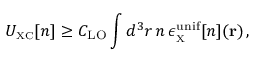
U _ { \scriptscriptstyle \mathrm { X C } } [ n ] \geq C _ { \mathrm { L O } } \int d ^ { 3 } r \, n \, \epsilon _ { _ { \scriptscriptstyle \mathrm { X } } } ^ { \mathrm { u n i f } } [ n ] ( { \bf r } ) \, ,